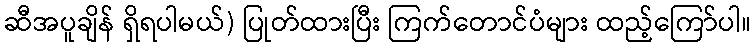
ဆီအပူချိန် ရှိရပါမယ်) ပြုတ်ထားပြီး ကြက်တောင်ပံများ ထည့်ကြော်ပါ။